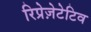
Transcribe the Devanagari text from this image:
रिप्रेज़ेटेटिव